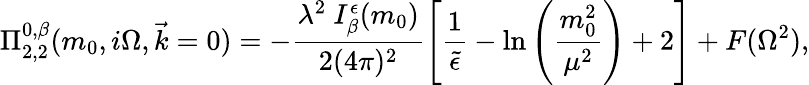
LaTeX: \Pi_{2,2}^{0,\beta}(m_{0},i\Omega,\vec{k}=0)=-\frac{\lambda^{2}~I_{\beta}^{\epsilon}(m_{0})}{2(4\pi)^{2}}\left[\frac{1}{\tilde{\epsilon}}-\ln\left(\frac{m_{0}^{2}}{\mu^{2}}\right)+2\right]+F(\Omega^{2}),